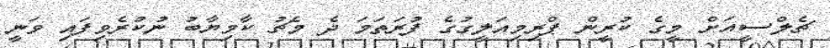
ޗެލްސީއަށް މީގެ ކުރީން ޕްރިމިއަލީގުގެ ފުރަތަމަ ދެ މެޗު ކާމިޔާބު ނުކުރެވިފައި ވަނީ